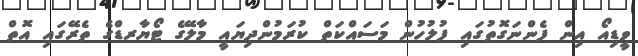
ވީޑިއޯ އިން ފެންނަގޮތުގައި ފުލުހުން މަސައްކަތް ކުރަމުންދިޔައީ މާލޭގެ ޓޯޔާރޑްގެ ތެރޭގައި އޮތް